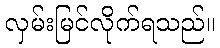
လှမ်းမြင်လိုက်ရသည်။